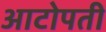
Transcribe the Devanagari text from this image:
आटोपती